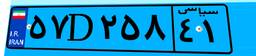
۵۷D۲۵۸۴۱